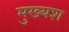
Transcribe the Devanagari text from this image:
मुख्यश